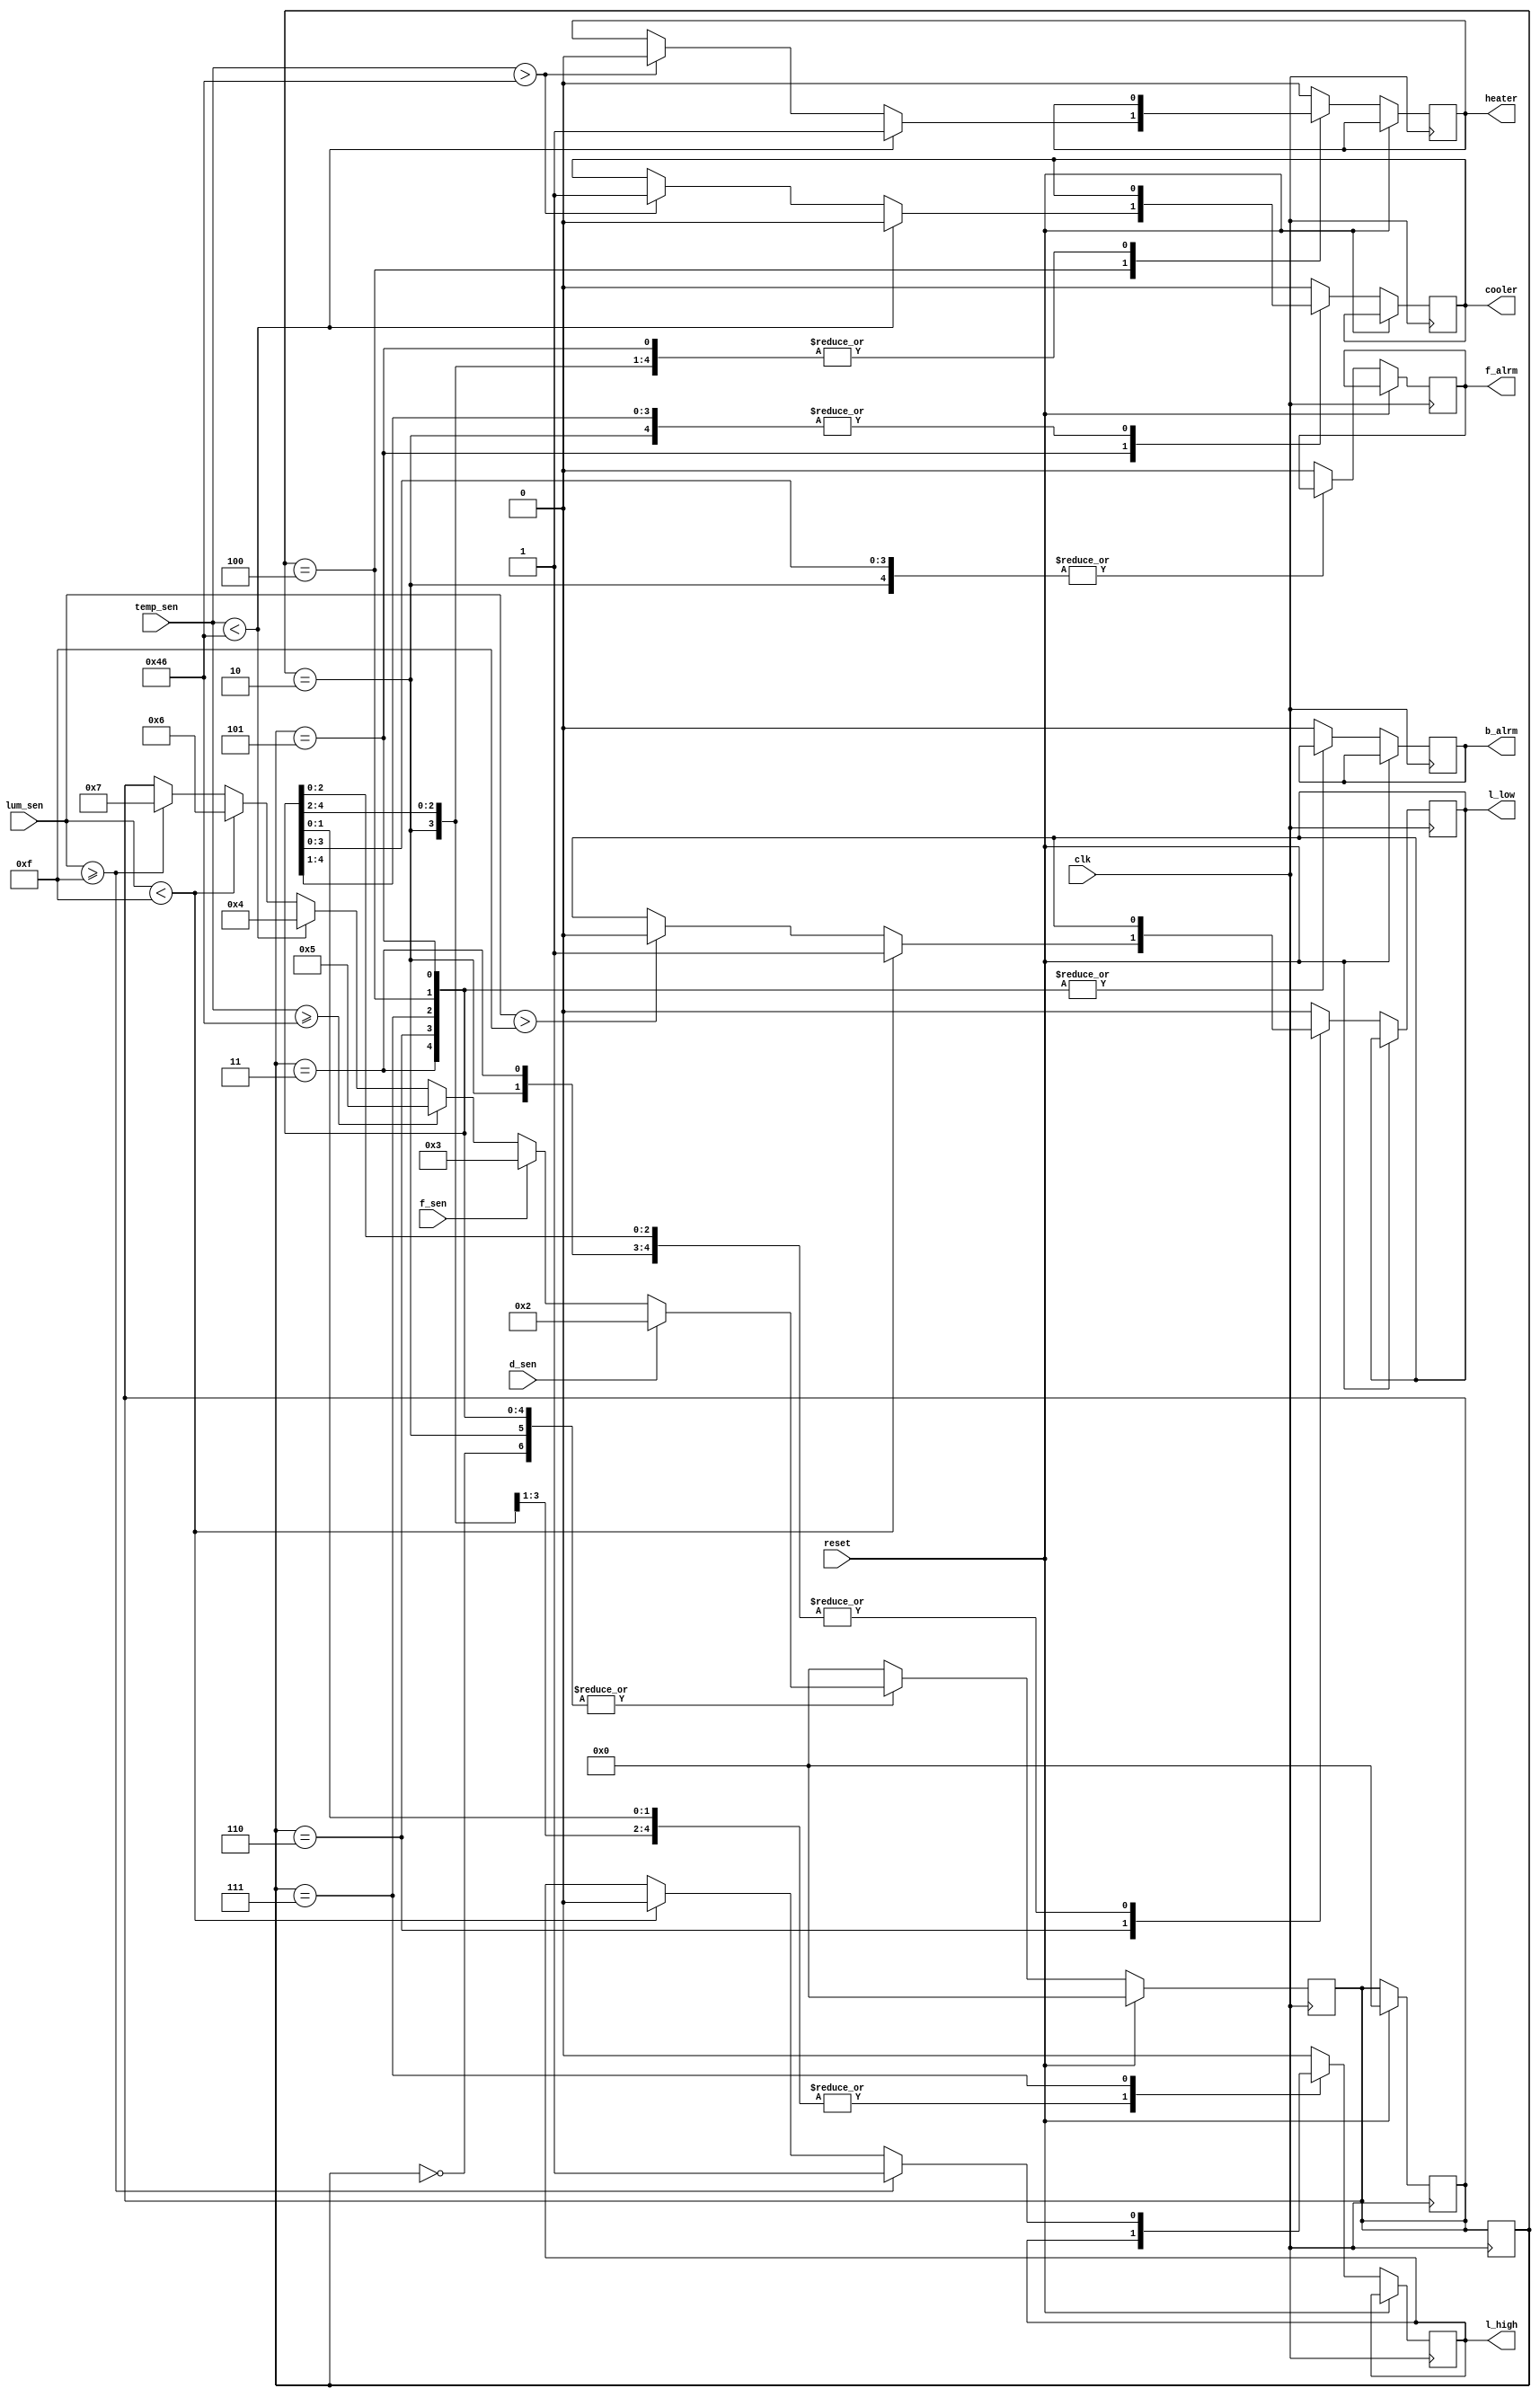
//Verilog Program for Home Automation
module home_automation(
output reg b_alrm, f_alrm, heater, cooler, l_high, l_low,
input [7:0] temp_sen, lum_sen,
input d_sen, f_sen, clk, reset);

`define start 4'd0
`define fdoor 4'd2
`define fire 4'd3
`define t_heat 4'd4
`define t_cool 4'd5
`define l_bright 4'd6
`define l_dim 4'd7

reg [3:0] current_st;
reg [3:0] next_st;

parameter delay= 50;
parameter count=10;

initial
begin
	current_st <= `start; 
	next_st <= `start;
	b_alrm <= 1'b0;
	f_alrm <= 1'b0;
	heater <= 1'b0;
	cooler <= 1'b0;
	l_high <= 1'b0;
	l_low <= 1'b0;
end

//the state changes as per the sensor input
always@(posedge clk)
begin
	if(reset == 1'b1)
		next_st <=`start;
	else
		case(current_st)
		`start: begin
			if(d_sen == 1'b1)
				next_st <=`fdoor;

			else if(f_sen == 1'b1)
				next_st <=`fire;

			else if(temp_sen >= 8'b1000110)
				next_st <=`t_cool;

			else if(temp_sen < 8'b1000110)
				next_st <=`t_heat;

			else if(lum_sen < 8'b1111)
				next_st <=`l_bright;

			else if(lum_sen >= 8'b1111)
				next_st <=`l_dim;

		end

		`fdoor: begin
			if(d_sen == 1'b1)
				next_st <=`fdoor;

			else if(f_sen == 1'b1)
				next_st <=`fire;

			else if(temp_sen >= 8'b1000110)
				next_st <=`t_cool;

			else if(temp_sen < 8'b1000110)
				next_st <=`t_heat;

			else if(lum_sen < 8'b1111)
				next_st <=`l_bright;

			else if(lum_sen >= 8'b1111)
				next_st <=`l_dim;
		end

		`fire: begin
			if(d_sen == 1'b1)
				next_st <=`fdoor;

			else if(f_sen == 1'b1)
				next_st <=`fire;

			else if(temp_sen >= 8'b1000110)
				next_st <=`t_cool;

			else if(temp_sen < 8'b1000110)
				next_st <=`t_heat;

			else if(lum_sen < 8'b1111)
				next_st <=`l_bright;

			else if(lum_sen >= 8'b1111)
				next_st <=`l_dim;
		end

		`t_cool: begin
			if(d_sen == 1'b1)
				next_st <=`fdoor;

			else if(f_sen == 1'b1)
				next_st <=`fire;

			else if(temp_sen >= 8'b1000110)
				next_st <=`t_cool;

			else if(temp_sen < 8'b1000110)
				next_st <=`t_heat;

			else if(lum_sen < 8'b1111)
				next_st <=`l_bright;

			else if(lum_sen >= 8'b1111)
				next_st <=`l_dim;
		end

		`t_heat: begin
			if(d_sen == 1'b1)
				next_st <=`fdoor;

			else if(f_sen == 1'b1)
				next_st <=`fire;

			else if(temp_sen >= 8'b1000110)
				next_st <=`t_cool;

			else if(temp_sen < 8'b1000110)
				next_st <=`t_heat;

			else if(lum_sen < 8'b1111)
				next_st <=`l_bright;

			else if(lum_sen >= 8'b1111)
				next_st <=`l_dim;
		end

		`l_bright: begin
			if(d_sen == 1'b1)
				next_st <=`fdoor;

			else if(f_sen == 1'b1)
				next_st <=`fire;

			else if(temp_sen >= 8'b1000110)
				next_st <=`t_cool;

			else if(temp_sen < 8'b1000110)
				next_st <=`t_heat;

			else if(lum_sen < 8'b1111)
				next_st <=`l_bright;

			else if(lum_sen >= 8'b1111)
				next_st <=`l_dim;
		end

		`l_dim: begin
			if(d_sen == 1'b1)
				next_st <=`fdoor;

			else if(f_sen == 1'b1)
				next_st <=`fire;

			else if(temp_sen >= 8'b1000110)
				next_st <=`t_cool;

			else if(temp_sen < 8'b1000110)
				next_st <=`t_heat;

			else if(lum_sen < 8'b1111)
				next_st <=`l_bright;

			else if(lum_sen >= 8'b1111)
				next_st <=`l_dim;
		end 

		default: next_st <= `start;

	endcase
current_st <= next_st;
end

//code for output logic
always @(posedge clk)
begin
	if(reset)
		next_st <= `start;
	else 
		case(current_st)
		`start: begin
			b_alrm = 1'b0;
			f_alrm = 1'b0;
			heater = 1'b0;
			cooler = 1'b0;
			l_high = 1'b0;
			l_low = 1'b0;
		end

		`fdoor: begin
			b_alrm = 1'b1;
			#delay b_alrm = 1'b0;
		end 

		`fire: begin 
			f_alrm = 1'b1;
			#delay f_alrm = 1'b0;
		end 

		`t_heat: begin
			if(temp_sen < 8'b1000110)
				heater = 1'b1;
			else if(temp_sen > 8'b1000110)
				heater = 1'b0;
		end 

		`t_cool: begin 
			if(temp_sen > 8'b1000110)
				cooler = 1'b1;
			if(temp_sen < 8'b1000110)
				cooler = 1'b0;
		end

		`l_bright: begin
			if(lum_sen < 8'b1111)
				l_low = 1'b1;
			else if(lum_sen > 8'b1111)
				 l_low = 1'b0;
		end

		`l_dim: begin 
			if(lum_sen >= 8'b1111)
				l_high = 1'b1;
			else if(lum_sen < 8'b1111)
				 l_high = 1'b0;
		end

		default: begin
			b_alrm = 1'b0;
			f_alrm = 1'b0;
			heater = 1'b0;
			cooler = 1'b0;
			l_high = 1'b0;
			l_low = 1'b0;
		end
	endcase
end
endmodule

//testbench for home automation 
module test_home_automation;
wire b_alrm;
wire f_alrm;
wire heater;
wire cooler;
wire l_high;
wire l_low;
reg [7:0] temp_sen, lum_sen;
reg d_sen, f_sen;
reg clk= 1'b1;
reg reset= 1'b0;
 
home_automation HA( b_alrm, f_alrm, heater, cooler, l_high, l_low, temp_sen, lum_sen, d_sen, f_sen, clk, reset);
always 
#5 clk =~ clk;

initial
begin
d_sen = 1'b0;
f_sen = 1'b0;
temp_sen = 8'b0;
lum_sen = 8'b0;
#50 temp_sen= 8'b1110_1110; 
#50 temp_sen= 8'b0;
#50 reset = 1'b1;
#50 reset = 1'b0;
#50 d_sen= 1'b1;
#50 d_sen= 1'b0;
#50 temp_sen= 8'b0000_1110; 
#50 temp_sen= 8'b0;
#50 f_sen= 1'b1;
#50 f_sen= 1'b0;
#50 lum_sen= 8'b0111;
#200 lum_sen= 8'b0;
#50 temp_sen= 8'b1000_1110; 
end 
endmodule